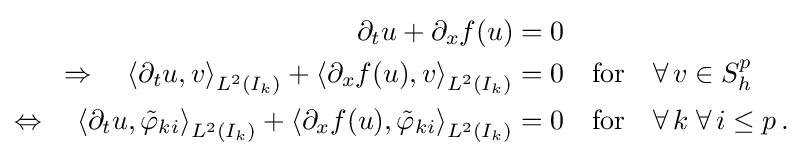
{\begin{aligned}\partial _{t}u+\partial _{x}f(u)&=0\\\Rightarrow \quad \left\langle \partial _{t}u,v\right\rangle _{L^{2}(I_{k})}+\left\langle \partial _{x}f(u),v\right\rangle _{L^{2}(I_{k})}&=0\quad {\text{for}}\quad \forall \,v\in S_{h}^{p}\\\Leftrightarrow \quad \left\langle \partial _{t}u,{\tilde {\varphi }}_{ki}\right\rangle _{L^{2}(I_{k})}+\left\langle \partial _{x}f(u),{\tilde {\varphi }}_{ki}\right\rangle _{L^{2}(I_{k})}&=0\quad {\text{for}}\quad \forall \,k\;\forall \,i\leq p\,.\end{aligned}}